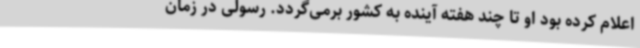
اعلام کرده بود او تا چند هفته آینده به کشور برمی‌گردد. رسولی در زمان